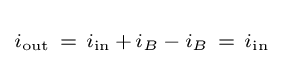
\scriptstyle i_{\text{out}}~=~i_{\text{in}}\,+\,i_{B}\,-\,i_{B}~=~i_{\text{in}}